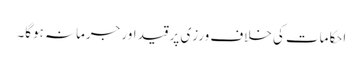
احکامات کی خلاف ورزی پر قید اور جرمانہ ہوگا۔